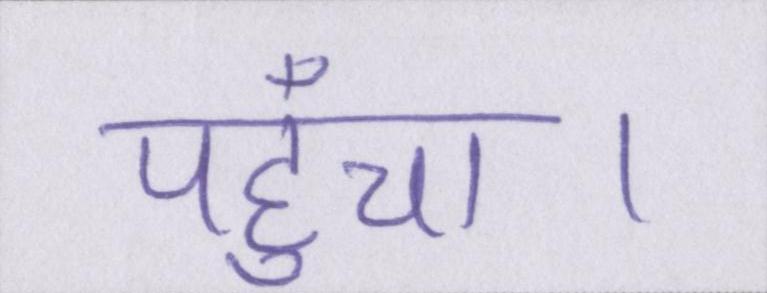
पहुँचा।